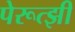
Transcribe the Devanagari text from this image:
पेरूत्झी